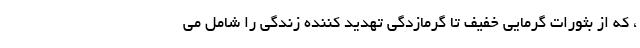
، که از بثورات گرمایی خفیف تا گرمازدگی تهدید کننده زندگی را شامل می